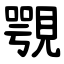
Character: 覨